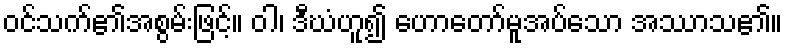
ဝင်သက်၏အစွမ်းဖြင့်။ ဝါ၊ ဒီဃံဟူ၍ ဟောတော်မူအပ်သော အဿာသ၏။